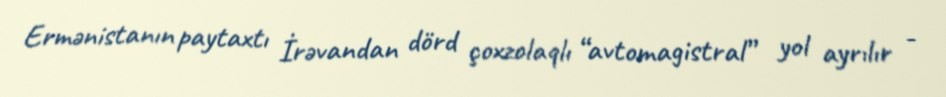
Ermənistanın paytaxtı İrəvandan dörd çoxzolaqlı “avtomagistral” yol ayrılır -